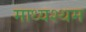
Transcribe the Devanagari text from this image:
माध्यश्थम